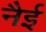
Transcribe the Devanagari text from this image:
नैई